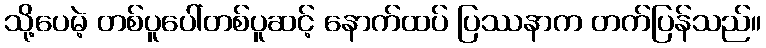
သို့ပေမဲ့ တစ်ပူပေါ်တစ်ပူဆင့် နောက်ထပ် ပြဿနာက တက်ပြန်သည်။